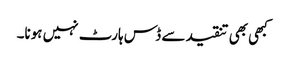
کبھی بھی تنقید سے ڈس ہارٹ نہیں ہونا۔